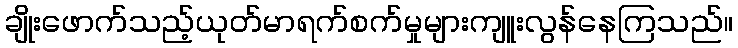
ချိုးဖောက်သည့်ယုတ်မာရက်စက်မှုများကျူးလွန်နေကြသည်။